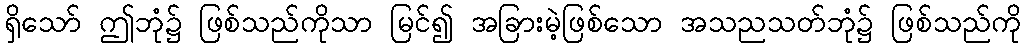
ရှိသော် ဤဘုံ၌ ဖြစ်သည်ကိုသာ မြင်၍ အခြားမဲ့ဖြစ်သော အသညသတ်ဘုံ၌ ဖြစ်သည်ကို